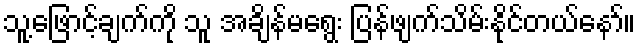
သူ့ဖြောင့်ချက်ကို သူ အချိန်မရွေး ပြန်ဖျက်သိမ်းနိုင်တယ်နော်။